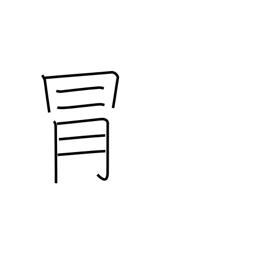
Meaning: risk